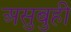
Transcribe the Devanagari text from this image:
असुबुही